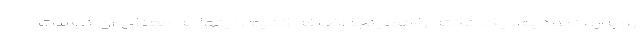
روبه‌رو نبودیم. یک نکته را همینجا اضافه کنیم. اینها به معنای آن نیست